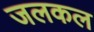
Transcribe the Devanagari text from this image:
जलकल